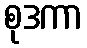
စုဒကာ